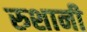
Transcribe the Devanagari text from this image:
रुशानी